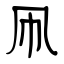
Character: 凧